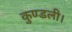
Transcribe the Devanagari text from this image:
कुण्डली।